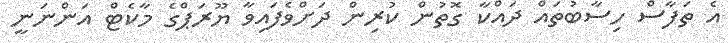
އެ ތަފާސް ހިސާބުތައް ދައްކާ ގޮތުން ކުރިން ދަށްވެފައިވާ ޔޫރަޕްގެ މާކެޓް އަންނަނީ